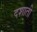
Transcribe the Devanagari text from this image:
दशाती